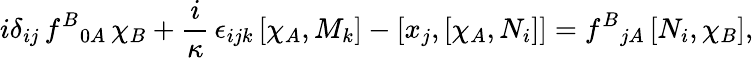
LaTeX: i\delta_{ij}\, f^{B}{}_{0A}\, \chi_{B}+\frac{i}\kappa\, \epsilon_{ijk}\, [\chi_{A},M_{k}]-[x_{j},[\chi_{A},N_{i}]]=f^{B}{}_{jA}\, [N_{i},\chi_{B}],